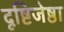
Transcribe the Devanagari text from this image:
दृष्टिजेष्ठा